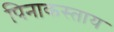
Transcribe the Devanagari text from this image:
पिनाकस्ताय